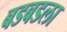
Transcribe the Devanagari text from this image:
बडबडला